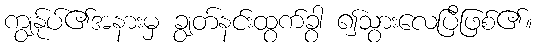
ကျွန်ုပ်၏အနားမှ ချွတ်နင်းထွက်ခွာ ၍သွားလေပြီဖြစ်၏။